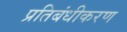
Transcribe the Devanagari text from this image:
प्रतिबंधीकरण